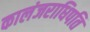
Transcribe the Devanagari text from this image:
कालंजराधिपति